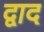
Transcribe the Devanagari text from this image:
द्वाद